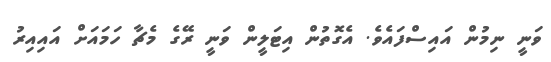
ވަނީ ނިމުން އައިސްފައެވެ. އެގޮތުން އިޓަލީން ވަނީ ރޭގެ މެޗާ ހަމައަށް އައިއިރު